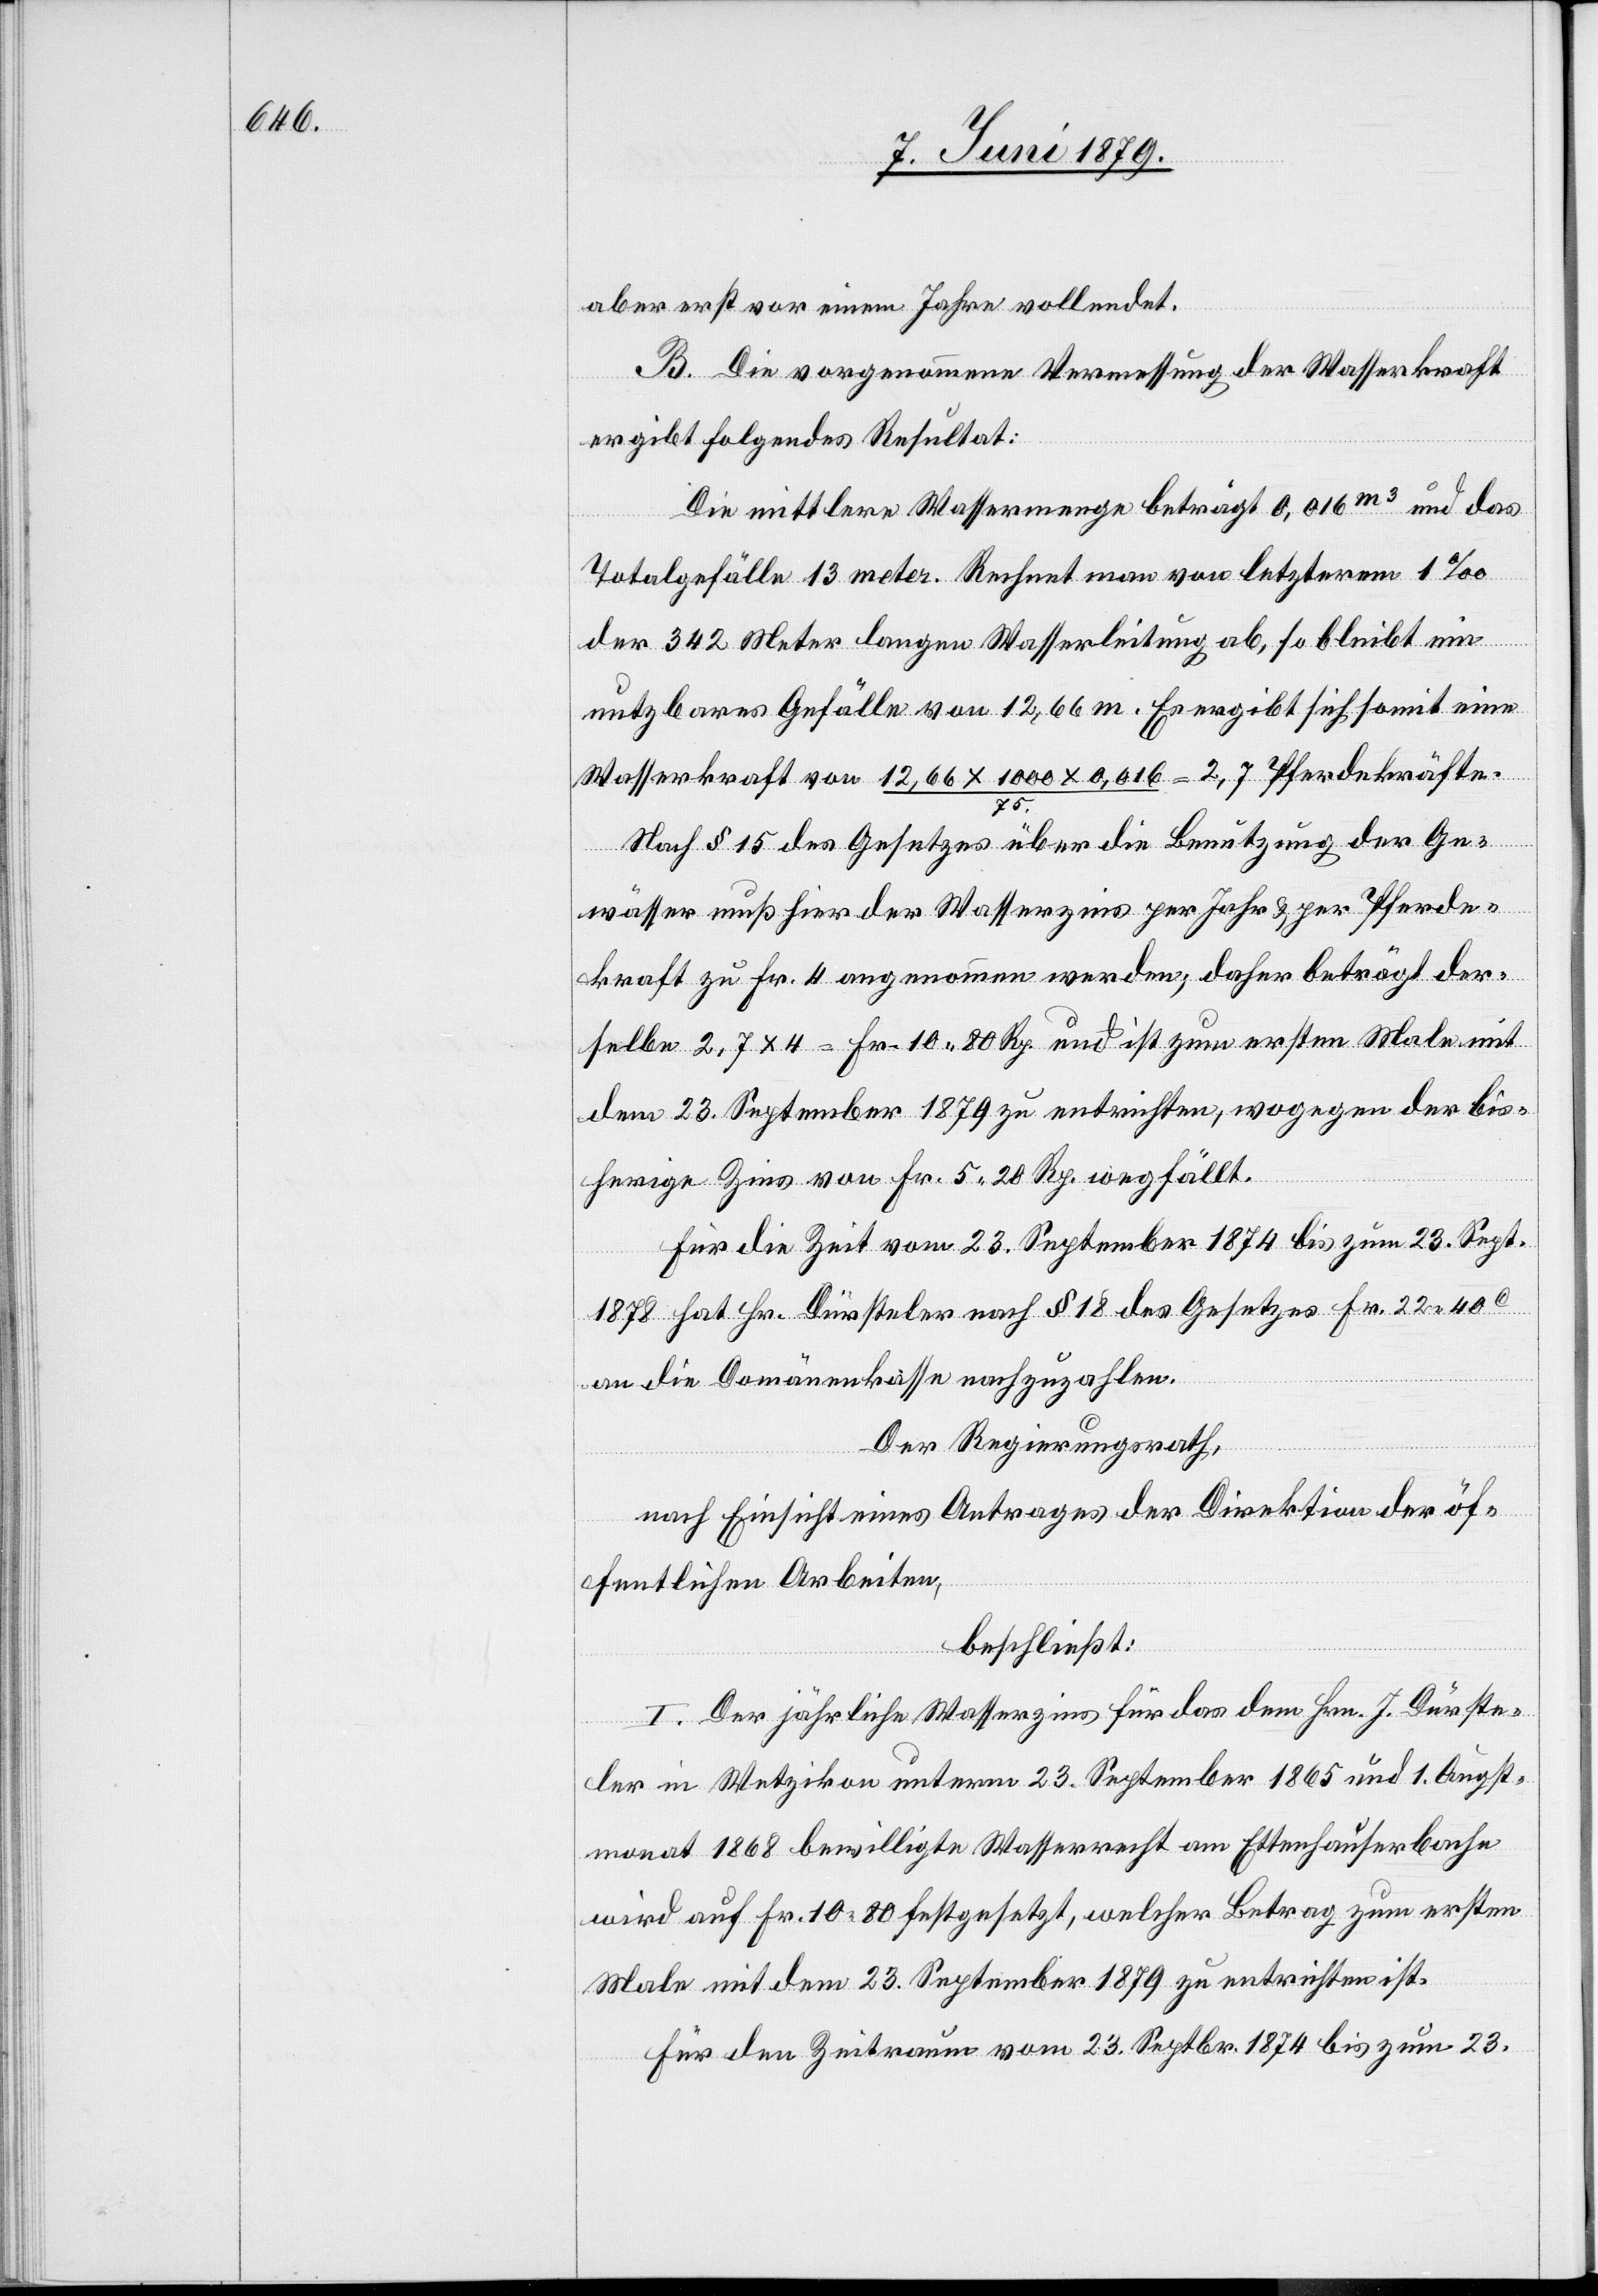
aber erst vor einem Jahre vollendet.
B. Die vorgenommene Vermessung der Wasserkraft
ergibt folgendes Resultat:
Die mittlere Wassermenge beträgt 0,016m3 und das
Totalgefälle 13 meter [sic!]. Rechnet man von letzterem 1‰
der 342 Meter langen Wasserleitung ab, so bleibt ein
nutzbares Gefälle von 12,66 m. Es ergibt sich somit eine
Wasserkraft von 12,66 x 1000 x 0,016/75 = 2,7 Pferdekräfte.
Nach § 15 des Gesetzes über die Benutzung der Ge¬
wässer muß hier der Wasserzins per Jahr & per Pferde¬
kraft zu Fr. 4 angenommen werden; daher beträgt der¬
selbe 2,7 x 4 = Fr. 10 80 Rp. und ist zum ersten Male mit
dem 23. September 1879 zu entrichten, wogegen der bis¬
herige Zins von Fr. 5 20 Rp. wegfällt.
Für die Zeit vom 23. September 1874 bis zum 23. Sept.
1878 hat Hr. Dürsteler nach § 18 des Gesetzes Fr. 22 40c
an die Domänenkasse nachzuzahlen.
Der Regierungsrath,
nach Einsicht eines Antrages der Direktion der öf¬
fentlichen Arbeiten,
beschließt:
I. Der jährliche Wasserzins für das dem Hrn. J. Dürste¬
ler in Wetzikon unterm 23. September 1865 und 1. Augst¬
monat 1868 bewilligte Wasserrecht am Ettenhauserbache
wird auf Fr. 10 80 festgesetzt, welcher Betrag zum ersten
Male mit dem 23. September 1879 zu entrichten ist.
Für den Zeitraum vom 23. Septbr. 1874 bis zum 23.